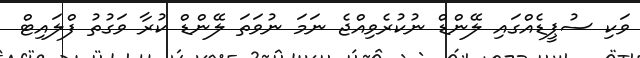
ވަކި ސުޕީޑެއްގައި ލޭންޑް ނުކުރެވިއްޖެ ނަމަ ނުވަތަ ލޭންޑް ކުރާ ވަގުތު ފްލައިޓް